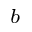
^ b